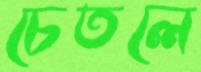
চেতলে